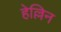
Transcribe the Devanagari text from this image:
हेल्लिन